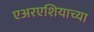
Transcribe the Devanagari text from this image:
एअरएशियाच्या